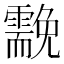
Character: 𩆊